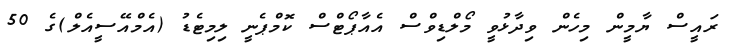
ރައީސް ޔާމީން މިހެން ވިދާޅުވީ މޯލްޑިވްސް އެއާޕޯޓްސް ކޮމްޕެނީ ލިމިޓެޑު (އެމްއޭސީއެލް)ގެ 50